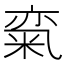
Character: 𱹈